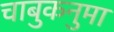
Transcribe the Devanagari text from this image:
चाबुकनुमा